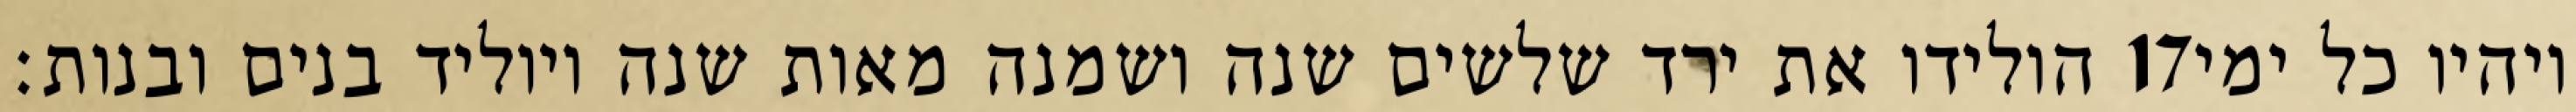
הולידו את ירד שלשים שנה ושמנה מאות שנה ויוליד בנים ובנות׃ ‎17‏ ויהיו כל ימי